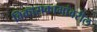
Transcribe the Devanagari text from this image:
विकासकामांवरील